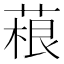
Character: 𦶠